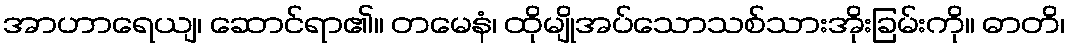
အာဟာရေယျ၊ ဆောင်ရာ၏။ တမေနံ၊ ထိုမျိုအပ်သောသစ်သားအိုးခြမ်းကို။ ဓာတိ၊